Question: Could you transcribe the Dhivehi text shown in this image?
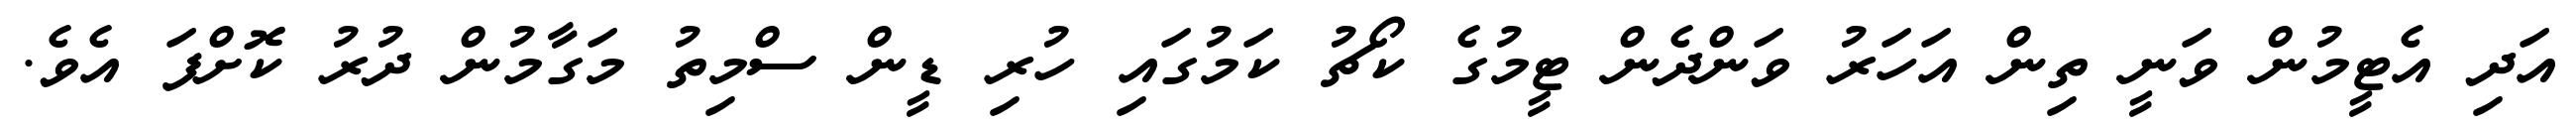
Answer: އަދި އެޓީމުން ވަނީ ތިން އަހަރު ވަންދެން ޓީމުގެ ކޯޗު ކަމުގައި ހުރި ޑީން ސްމިތު މަގާމުން ދުރު ކޮށްފަ އެވެ.